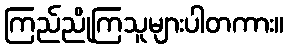
ကြည်ညိုကြသူများပါတကား။